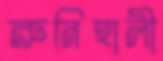
রুনিহালী